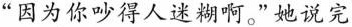
”因为你吵得人迷糊啊。”她说完